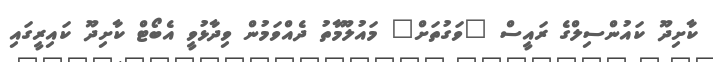
ކާށިދޫ ކައުންސިލްގެ ރައީސް "ވަގުތަށް" މައުލޫމާތު ދެއްވަމުން ވިދާޅުވީ އެބޯޓް ކާށިދޫ ކައިރީގައި